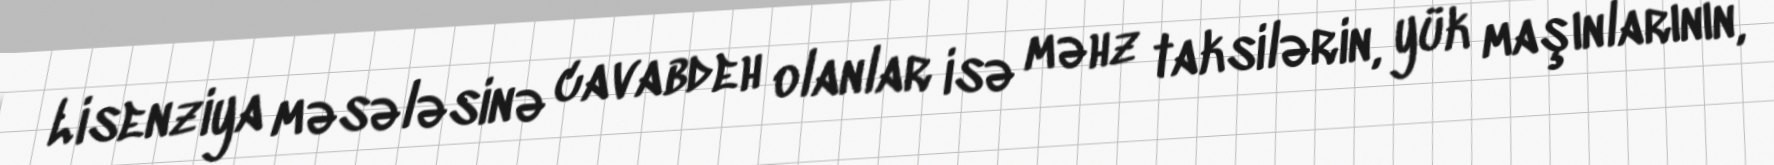
Lisenziya məsələsinə cavabdeh olanlar isə məhz taksilərin, yük maşınlarının,